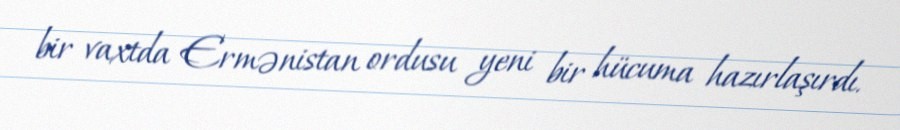
bir vaxtda Ermənistan ordusu yeni bir hücuma hazırlaşırdı.